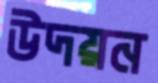
উদয়ন